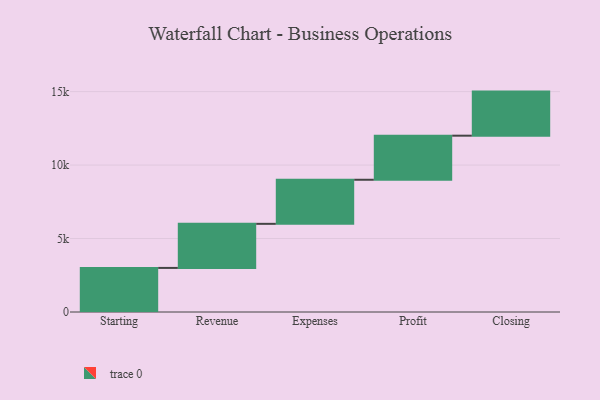
{"axis": {"x": "Step", "y": "Value"}, "legend": [""], "data": [{"x": "Starting", "y": 3000, "type": ""}, {"x": "Revenue", "y": 3000, "type": ""}, {"x": "Expenses", "y": 3000, "type": ""}, {"x": "Profit", "y": 3000, "type": ""}, {"x": "Closing", "y": 3000, "type": ""}]}